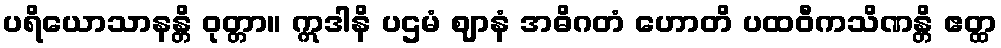
ပရိယောသာနန္တိ ဝုတ္တာ။ ဣဒါနိ ပဌမံ ဈာနံ အဓိဂတံ ဟောတိ ပထဝီကသိဏန္တိ ဧတ္ထ